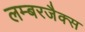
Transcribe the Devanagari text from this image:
लम्बरजैक्स